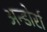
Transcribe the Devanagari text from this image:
अन्डोर्रा